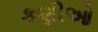
કણીઓ